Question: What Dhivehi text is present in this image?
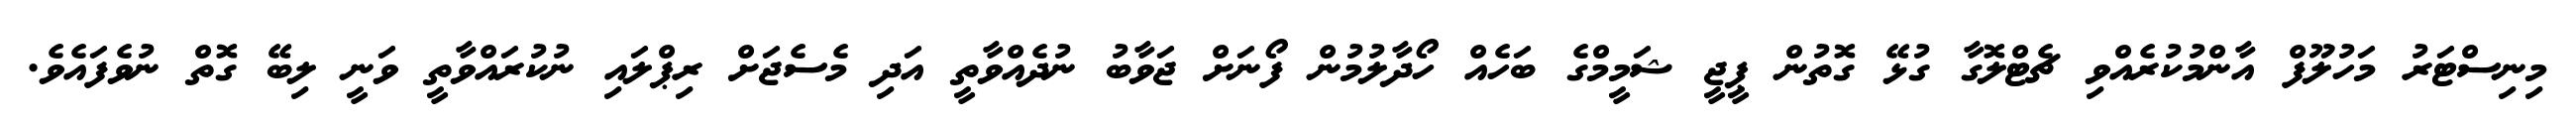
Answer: މިނިސްޓަރު މަހުލޫފް އާންމުކުރެއްވި ޗެޓްލޮގާ ގުޅޭ ގޮތުން ޕީޖީ ޝަމީމްގެ ބަހެއް ހޯދާލުމުން ފޯނަށް ޖަވާބު ނުދެއްވާތީ އަދި މެސެޖަށް ރިޕްލައި ނުކުރައްވާތީ ވަނީ ލިބޭ ގޮތް ނުވެފައެވެ.